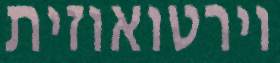
וירטואוזית